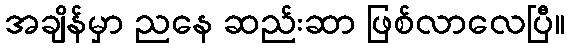
အချိန်မှာ ညနေ ဆည်းဆာ ဖြစ်လာလေပြီ။